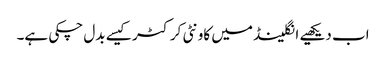
اب دیکھیے انگلینڈ میں کاونٹی کرکٹر کیسے بدل چکی ہے۔